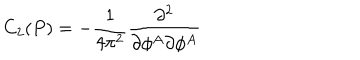
C _ { 2 } ( P ) = - \frac 1 { 4 \pi ^ { 2 } } \frac { \partial ^ { 2 } } { \partial \phi ^ { A } \partial \phi ^ { A } }